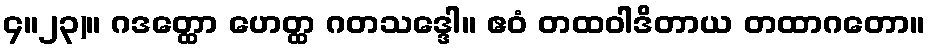
၄။၂၃)။ ဂဒတ္ထော ဟေတ္ထ ဂတသဒ္ဒေါ။ ဧဝံ တထဝါဒိတာယ တထာဂတော။